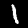
Digit: 1